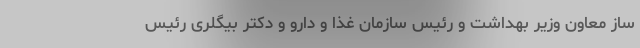
ساز معاون وزیر بهداشت و رئیس سازمان غذا و دارو و دکتر بیگلری رئیس